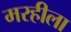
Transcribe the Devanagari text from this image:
मरहीला